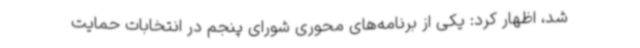
شد، اظهار کرد: یکی از برنامه‌های محوری شورای پنجم در انتخابات حمایت